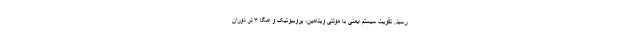
رسید. تقویت سیستم ایمنی با مولتی ویتامین، پروبیوتیک و امگا ۳ در دوران